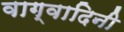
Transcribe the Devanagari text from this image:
वाग्वादिनी